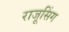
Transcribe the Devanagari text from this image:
राजूसिंग